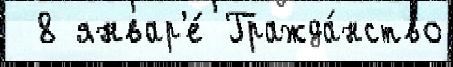
 8 январ'е́ Гражда́нство